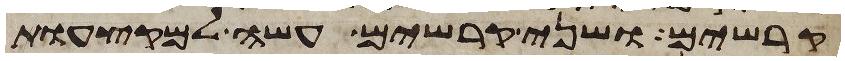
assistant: קרשים ושני קרשים עשה למקצעות